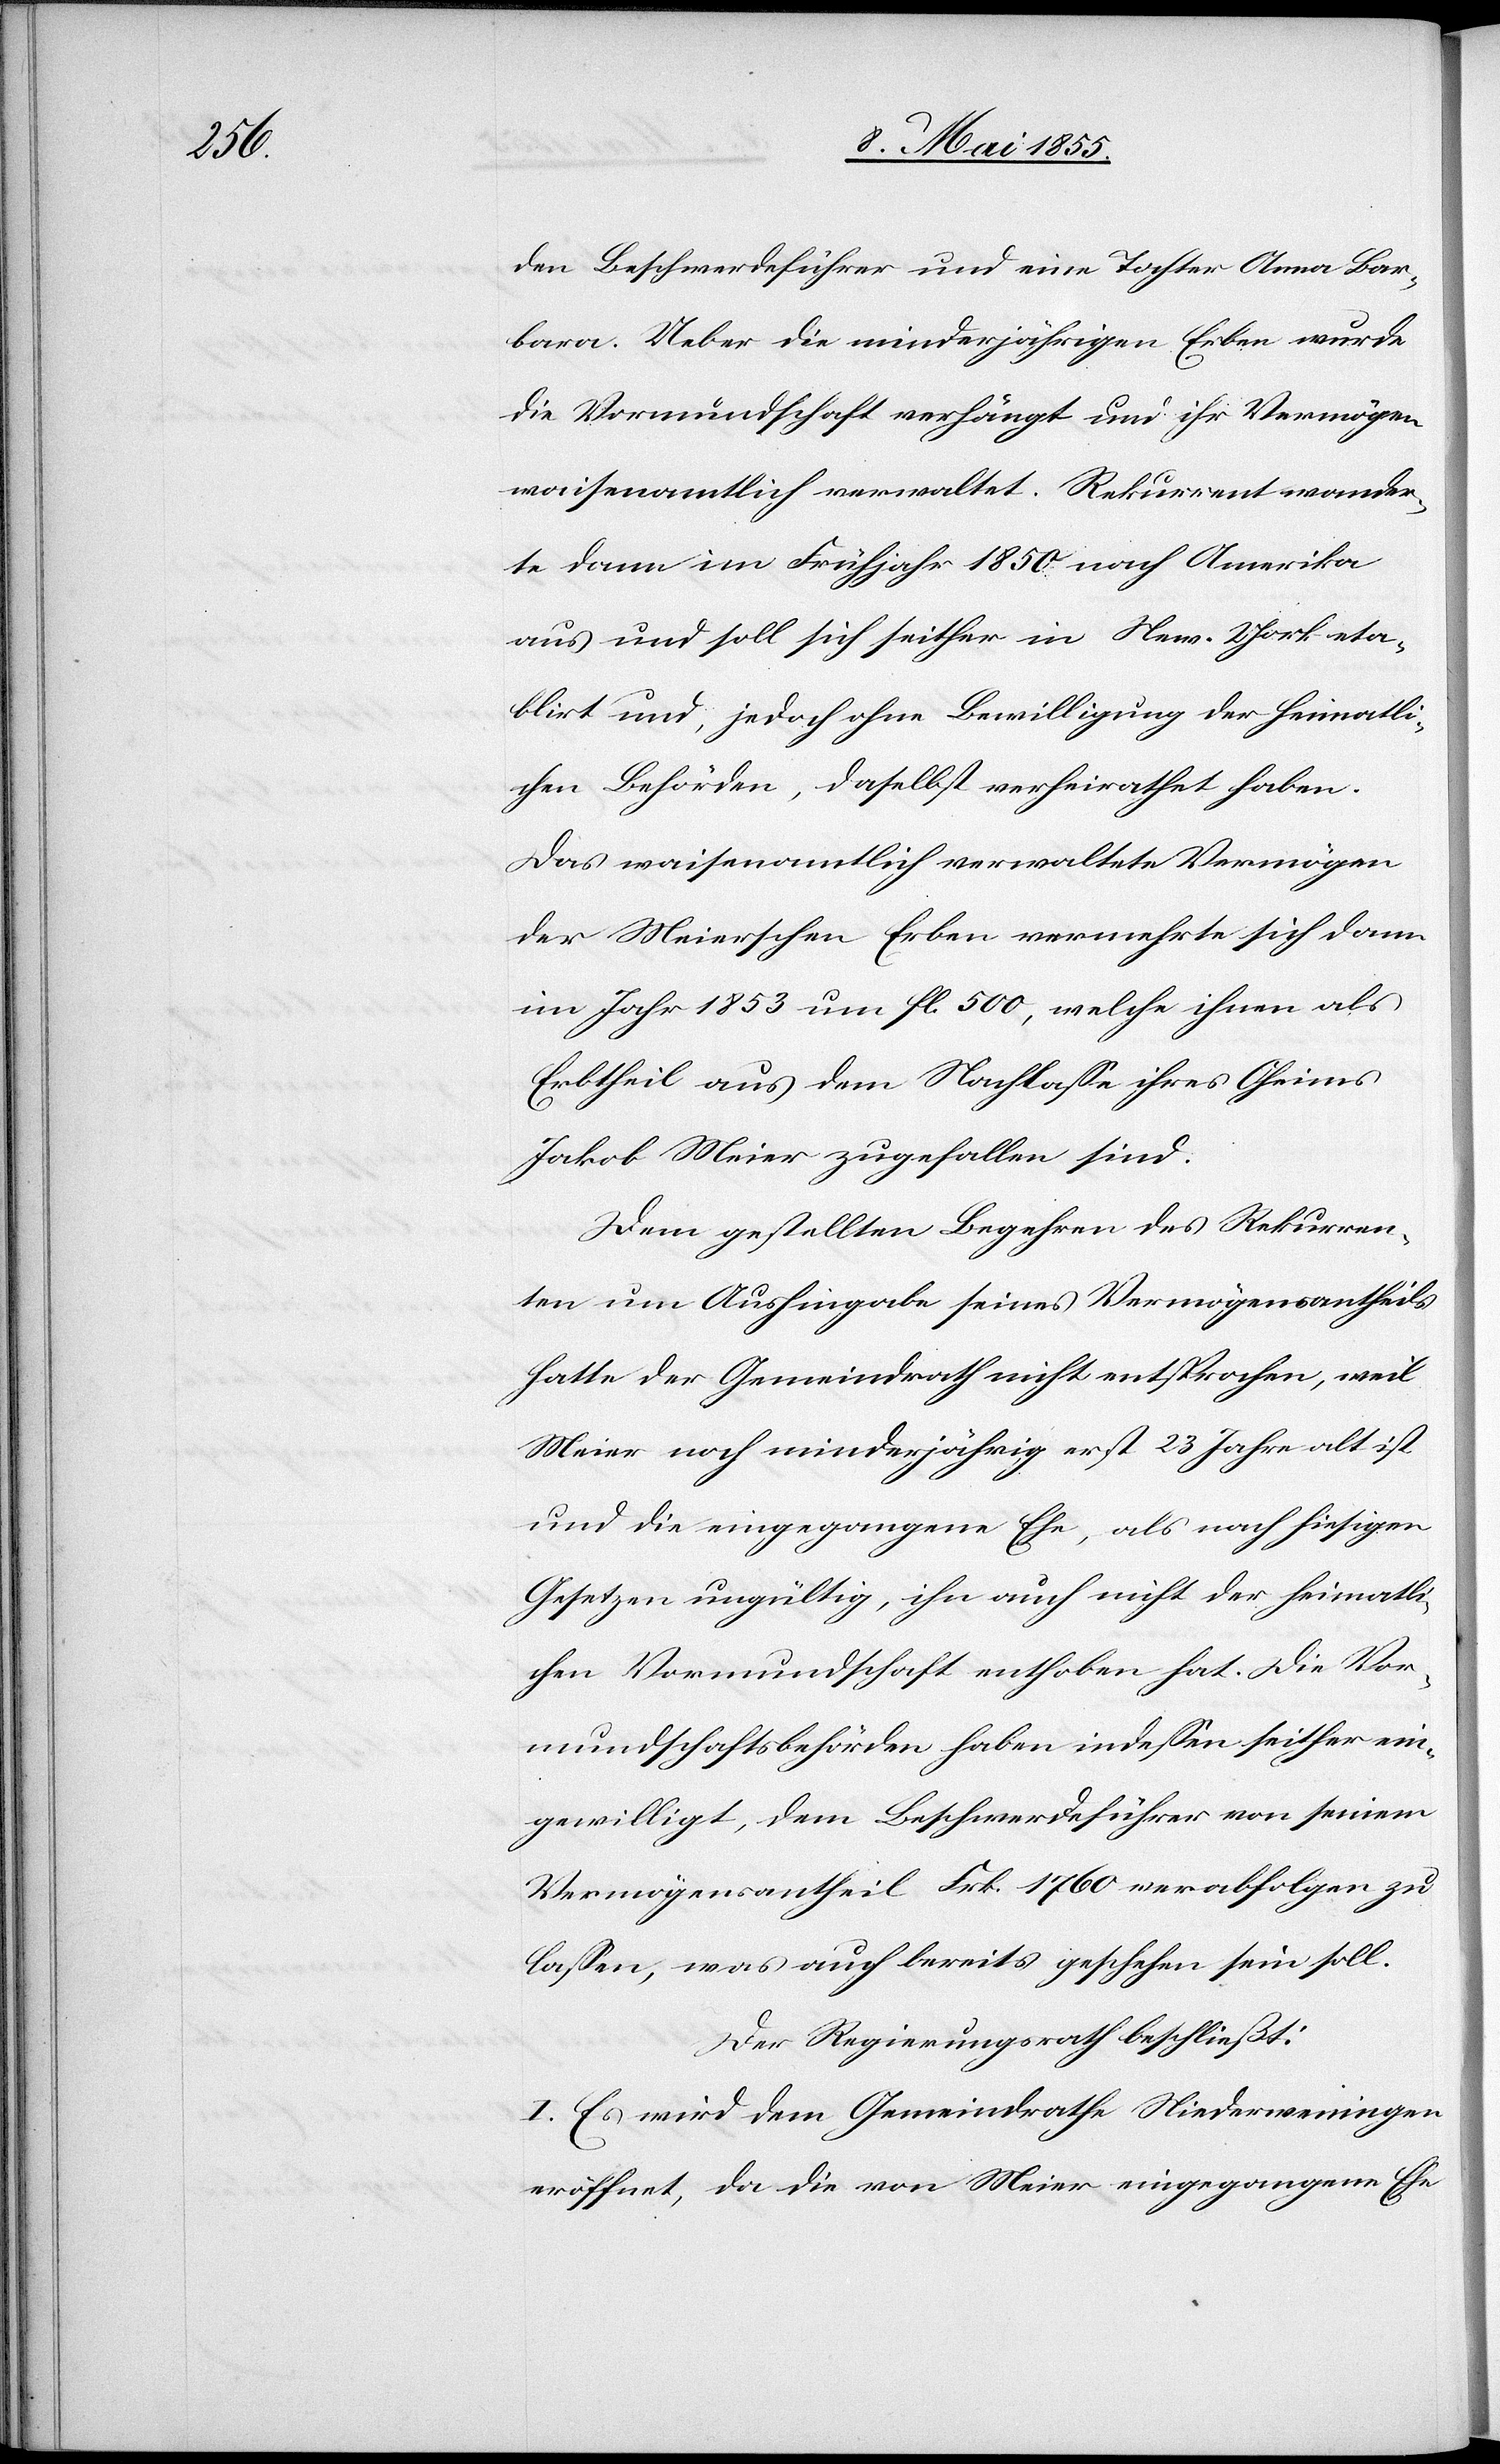
den Beschwerdeführer und eine Tochter Anna Bar¬
bara. Ueber die minderjährigen Erben wurde
die Vormundschaft verhängt und ihr Vermögen
waisenamtlich verwaltet. Rekurrent wander¬
te dann im Frühjahr 1850 nach Amerika
aus und soll sich seither in New-York eta¬
blirt und, jedoch ohne Bewilligung der heimatli¬
chen Behörden, daselbst verheirathet haben.
Das waisenamtlich verwaltete Vermögen
der Meierschen Erben vermehrte sich dann
im Jahr 1853 um fl. 500, welche ihnen als
Erbtheil aus dem Nachlasse ihres Oheims
Jakob Meier zugefallen sind.
Dem gestellten Begehren des Rekurren¬
ten um Aushingabe seines Vermögensantheils
hatte der Gemeindrath nicht entsprochen, weil
Meier noch minderjährig erst 23 Jahre alt ist
und die eingegangene Ehe, als nach hiesigen
Gesetzen ungültig, ihn auch nicht der heimatli¬
chen Vormundschaft enthoben hat. Die Vor¬
mundschaftsbehörden haben indessen seither ein¬
gewilligt, dem Beschwerdeführer von seinem
Vermögensantheil Frk. 1760 verabfolgen zu
lassen, was auch bereits geschehen sein soll.
Der Regierungsrath beschließt:
I. Es wird dem Gemeindrathe Niederweningen
eröffnet, da die von Meier eingegangene Ehe